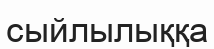
сыйлылыққа